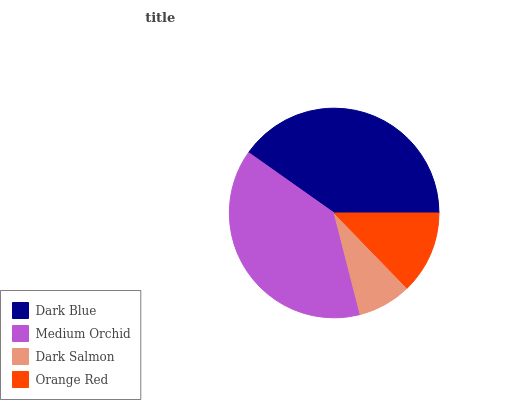
| Dark Blue | Medium Orchid | Dark Salmon | Orange Red |
 | --- | --- | --- | --- |
 | 40.2% | 38.8% | 8.25% | 12.7% |